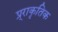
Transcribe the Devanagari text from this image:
प्र्राकृतिक